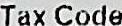
TAX CODE